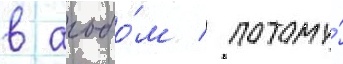
в альбо́м / потому́